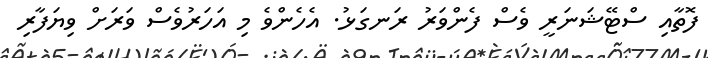
ފޮތާއި ސްޓޭޝަނަރީ ވެސް ފެންވަރު ރަނގަޅު. އެހެންވެ މި އަހަރުވެސް ވަރަށް ވިޔަފާރި